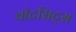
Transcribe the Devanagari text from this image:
वॉटसिट्स